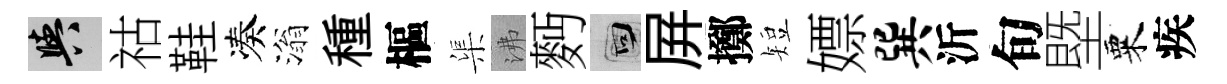
阳祜鞋凑滃種樞渠沸麪回屛擲短嫖巽沂旬塈粟疾